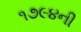
૧૭૯૪ની